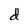
Character: d